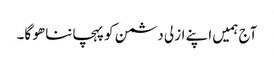
آج ہمیں اپنے ازلی دشمن کو پہچاننا ھو گا۔